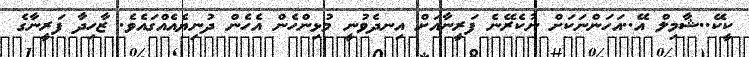
ކީކޭ..ޝާމިލް އޭ..އަހަންނަކަށް ނުކެރޭނެ ފަރީނާއަށް އިނދެވުނީ މުޅިންހެން އެހެން ދުނިޔެއެއްގައެވެ. ޒާހިދާ ފަރީނާގެ